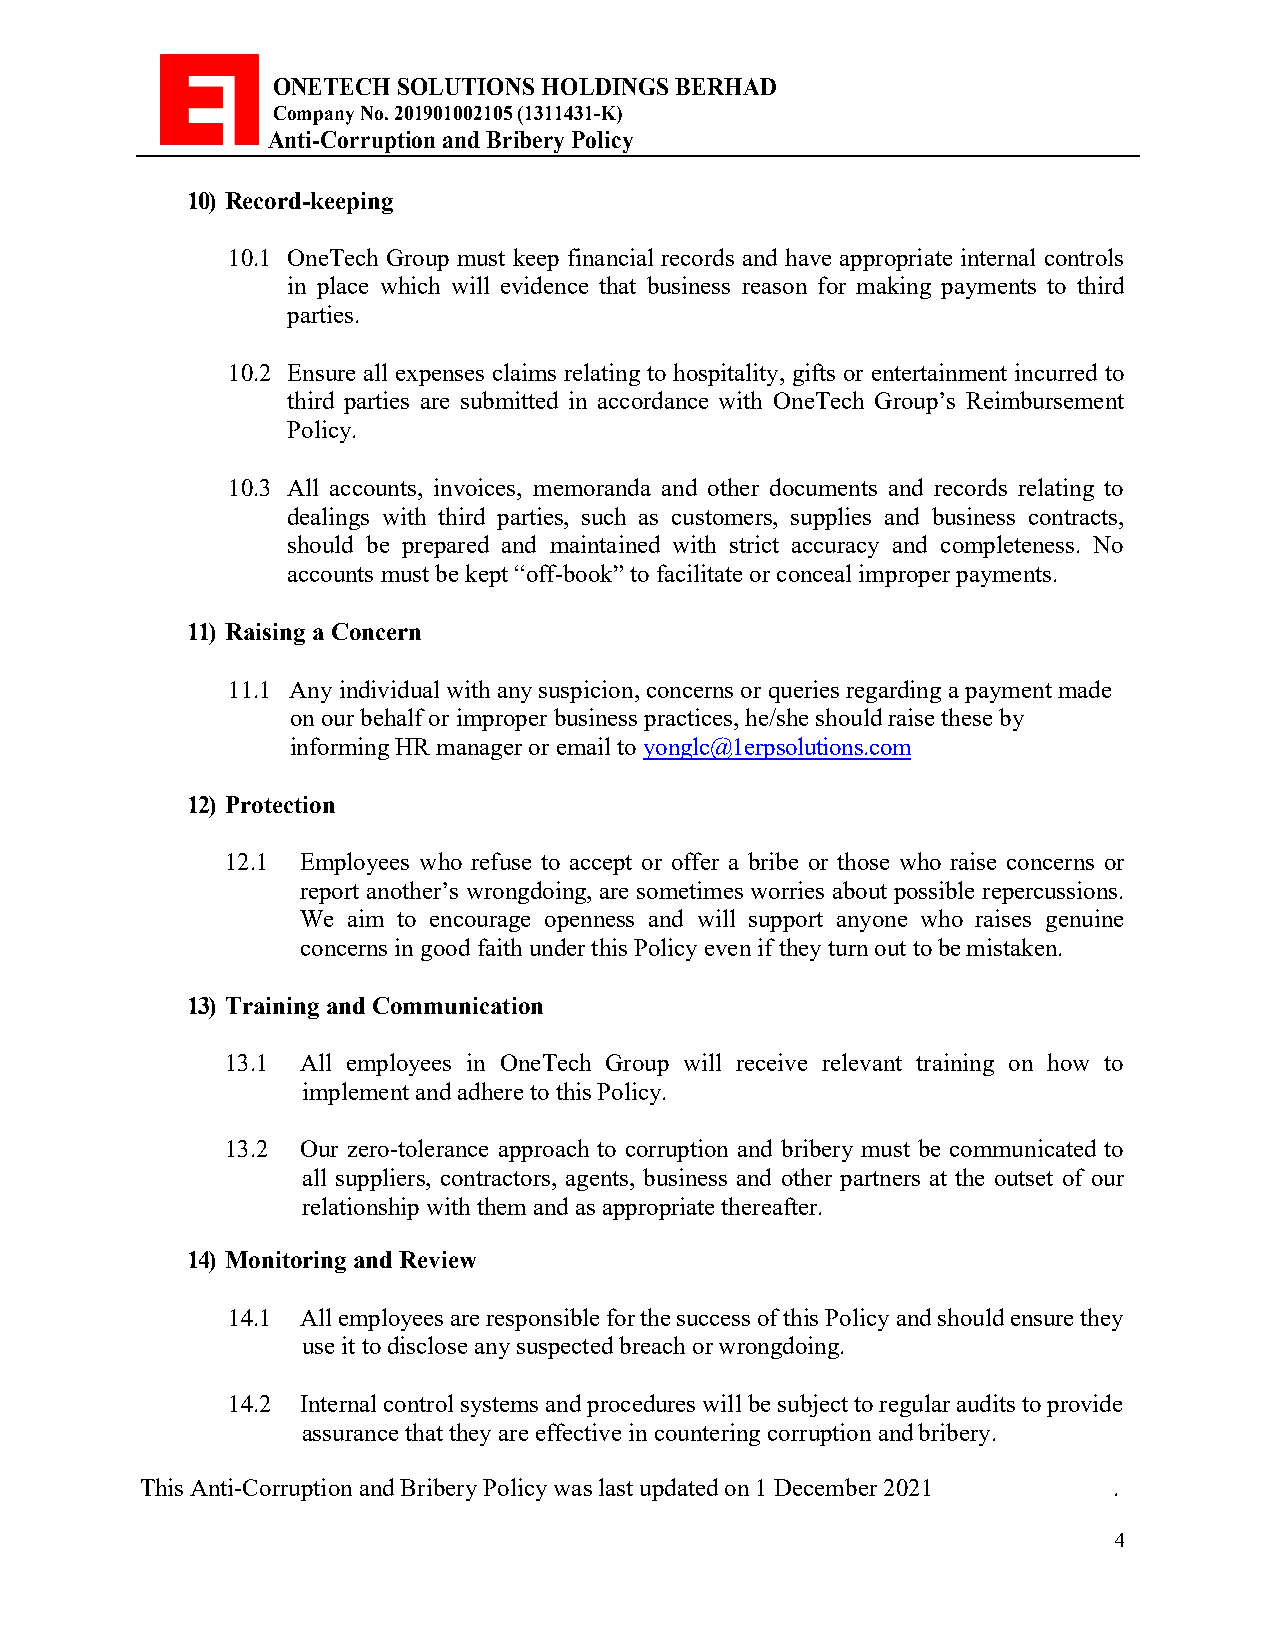
ONETECH SOLUTIONS HOLDINGS BERHAD
 Company No. 201901002105 (1311431-K)
 Anti-Corruption and Bribery Policy
 10) Record-keeping
 10.1 OneTech Group must keep financial records and have appropriate internal controls
 in place which will evidence that business reason for making payments to third
 parties.
 10.2 Ensure all expenses claims relating to hospitality, gifts or entertainment incurred to
 third parties are submitted in accordance with OneTech Group’s Reimbursement
 Policy.
 10.3 All accounts, invoices, memoranda and other documents and records relating to
 dealings with third parties, such as customers, supplies and business contracts,
 should be prepared and maintained with strict accuracy and completeness. No
 accounts must be kept “off-book” to facilitate or conceal improper payments.
 11) Raising a Concern
 11.1 Any individual with any suspicion, concerns or queries regarding a payment made
 on our behalf or improper business practices, he/she should raise these by
 informing HR manager or email to yonglc@1erpsolutions.com
 12) Protection
 12.1 Employees who refuse to accept or offer a bribe or those who raise concerns or
 report another’s wrongdoing, are sometimes worries about possible repercussions.
 We aim to encourage openness and will support anyone who raises genuine
 concerns in good faith under this Policy even if they turn out to be mistaken.
 13) Training and Communication
 13.1 All employees in OneTech Group will receive relevant training on how to
 implement and adhere to this Policy.
 13.2 Our zero-tolerance approach to corruption and bribery must be communicated to
 all suppliers, contractors, agents, business and other partners at the outset of our
 relationship with them and as appropriate thereafter.
 14) Monitoring and Review
 14.1 All employees are responsible for the success of this Policy and should ensure they
 use it to disclose any suspected breach or wrongdoing.
 14.2 Internal control systems and procedures will be subject to regular audits to provide
 assurance that they are effective in countering corruption and bribery.
 This Anti-Corruption and Bribery Policy was last updated on 1 December 2021 .
 4